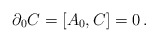
\begin{align*}\partial_0 C= [A_0,C]=0 \,.\end{align*}